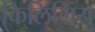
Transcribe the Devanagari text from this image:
किलिग्रियु